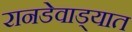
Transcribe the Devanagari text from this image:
रानडेवाड्यात